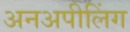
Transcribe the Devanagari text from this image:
अनअपीलिंग